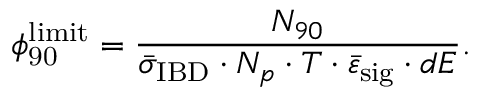
\phi _ { \mathrm { 9 0 } } ^ { \mathrm { l i m i t } } = \frac { N _ { 9 0 } } { \bar { \sigma } _ { \mathrm { I B D } } \cdot N _ { p } \cdot T \cdot \bar { \varepsilon } _ { \mathrm { s i g } } \cdot d E } .